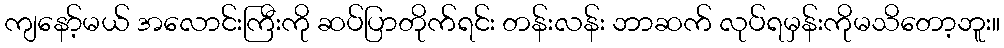
ကျနော့်မယ် အလောင်းကြီးကို ဆပ်ပြာတိုက်ရင်း တန်းလန်း ဘာဆက် လုပ်ရမှန်းကိုမသိတော့ဘူး။